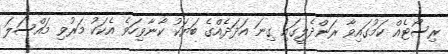
ރިސޯޓެއް ކަމުގައިވާ ރަންދެލީގައި ގިނަ އަދަދެއްގެ ބަޔަކު ކާނާވިހަވެ އެކަކު މަރުވި މައްސަލަ